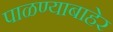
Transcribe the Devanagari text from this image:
पाळण्याबाहेर